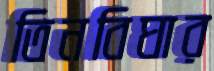
তিনবিঘার